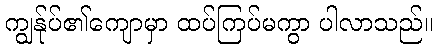
ကျွန်ုပ်၏ကျောမှာ ထပ်ကြပ်မကွာ ပါလာသည်။